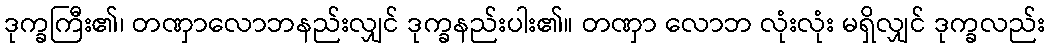
ဒုက္ခကြီး၏၊ တဏှာလောဘနည်းလျှင် ဒုက္ခနည်းပါး၏။ တဏှာ လောဘ လုံးလုံး မရှိလျှင် ဒုက္ခလည်း